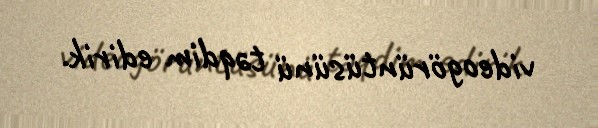
videogörüntüsünü təqdim edirik.